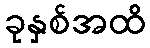
ခုနှစ်အထိ